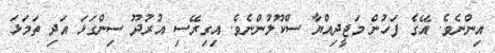
އިންނެވެ. އޭގެ ފަހުން މަޖީދިއްޔާ ސްކޫލުންނެވެ. އިގިރޭސި އުރުދޫ ސިންގަޅަ އަދި ތަމަޅަ